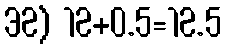
32) 12+0.5=12.5